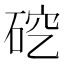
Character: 𪿜